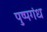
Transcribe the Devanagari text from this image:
पुष्पगंध